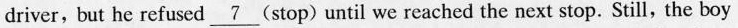
driver, but he refused\underline{7}